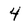
Character: 4